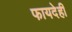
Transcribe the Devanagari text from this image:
फायदेही